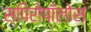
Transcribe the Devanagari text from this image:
स्पिरोपॉलोस